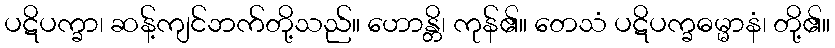
ပဋိပက္ခာ၊ ဆန့်ကျင်ဘက်တို့သည်။ ဟောန္တိ၊ ကုန်၏။ တေသံ ပဋိပက္ခဓမ္မာနံ၊ တို့၏။